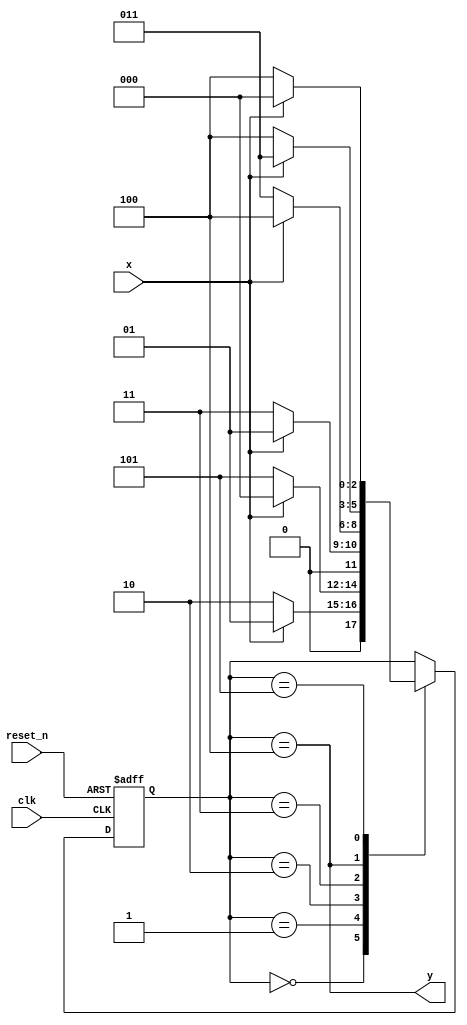
`timescale 1ns / 1ps
//////////////////////////////////////////////////////////////////////////////////
// Company: 
// Engineer: 
// 
// Design Name: 
// Module Name: even_odd_conseq00
// Project Name: 
// Target Devices: 
// Tool Versions: 
// Description: 
// 
// Dependencies: 
// 
// Revision:
// Revision 0.01 - File Created
// Additional Comments:
// 
//////////////////////////////////////////////////////////////////////////////////


module even_odd_conseq00(
    input clk,
    input reset_n,
    input x,
    output y
    );
    
    reg [2:0] state_reg, state_next;
    localparam s0 = 0;
    localparam s1 = 1;
    localparam s2 = 2;
    localparam s3 = 3;
    localparam s4 = 4;
    localparam s5 = 5;
    
    //State Register
    always @(posedge clk, negedge reset_n)
    begin
        if(~reset_n)
            state_reg <= s0;
        else
            state_reg <= state_next;
    end
    
    //Next State Logic
    always @(*)
    begin
        case(state_reg)
            s0: if(x)
                    state_next = s1;
                else
                    state_next = s2;
            s1: if(x)
                    state_next = s0;
                else
                    state_next = s5;
            s2: if(x)
                    state_next = s1;
                else
                    state_next = s3;
            s3: if(x)
                    state_next = s4;
                else
                    state_next = s3;
            s4: if(x)
                    state_next = s3;
                else
                    state_next = s4;
            s5: if(x)
                    state_next = s0;
                else
                    state_next = s4;
            default: state_next = state_reg;
        endcase
    end
    
    //Output Logic
    assign y = (state_reg == s4);
    
endmodule